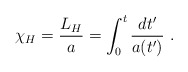
\begin{align*}\chi_H = {L_H\over a} = \int^t_0 {dt'\over a(t')} \ .\end{align*}